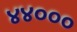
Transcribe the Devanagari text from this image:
४४०००